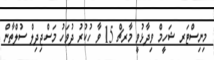
މިނިސްޓަރ ޝަހީމް ވިދާޅުވީ މާރޗް 15 ވާ ހުކުރު ދުވަހު މަސްޖިދިލް ސުލްތާން